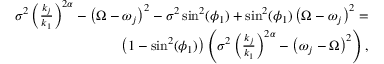
\begin{array} { r } { \sigma ^ { 2 } \left( \frac { k _ { j } } { k _ { 1 } } \right) ^ { 2 \alpha } - \left( \Omega - \omega _ { j } \right) ^ { 2 } - \sigma ^ { 2 } \sin ^ { 2 } ( \phi _ { 1 } ) + \sin ^ { 2 } ( \phi _ { 1 } ) \left( \Omega - \omega _ { j } \right) ^ { 2 } = } \\ { \left( 1 - \sin ^ { 2 } ( \phi _ { 1 } ) \right) \left( \sigma ^ { 2 } \left( \frac { k _ { j } } { k _ { 1 } } \right) ^ { 2 \alpha } - \left( \omega _ { j } - \Omega \right) ^ { 2 } \right) , } \end{array}